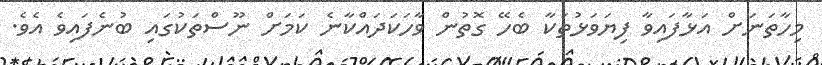
މިހާތަނަށް އަޅާފައިވާ ފިޔަވަޅުތަކާ ބެހޭ ގޮތުން ވާހަކަދައްކާނެ ކަމަށް ނޫސްތަކުގައި ބުނެފައިވެ އެވެ.